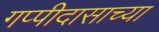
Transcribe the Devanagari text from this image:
गप्पीदासाच्या